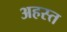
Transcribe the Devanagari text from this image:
अहस्त